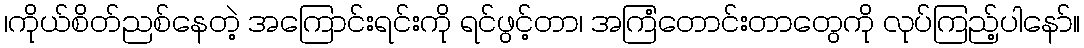
၊ကိုယ်စိတ်ညစ်နေတဲ့ အကြောင်းရင်းကို ရင်ဖွင့်တာ၊ အကြံတောင်းတာတွေကို လုပ်ကြည့်ပါနော်။